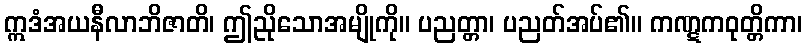
ဣဒံအယနီလာဘိဇာတိ၊ ဤညိုသောအမျိုကို။ ပညတ္တာ၊ ပညတ်အပ်၏။ ကဏ္ဋကဝုတ္တိကာ၊